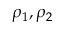
\rho _ { 1 } , \rho _ { 2 }